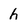
Character: h